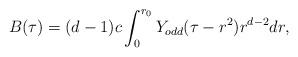
LaTeX: \begin{align*}B(\tau)=(d-1)c\int_{0}^{r_0}Y_{odd}(\tau-r^2)r^{d-2}dr,\end{align*}